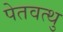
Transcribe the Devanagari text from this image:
पेतवत्थु